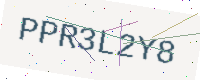
Text: PPR3L2Y8